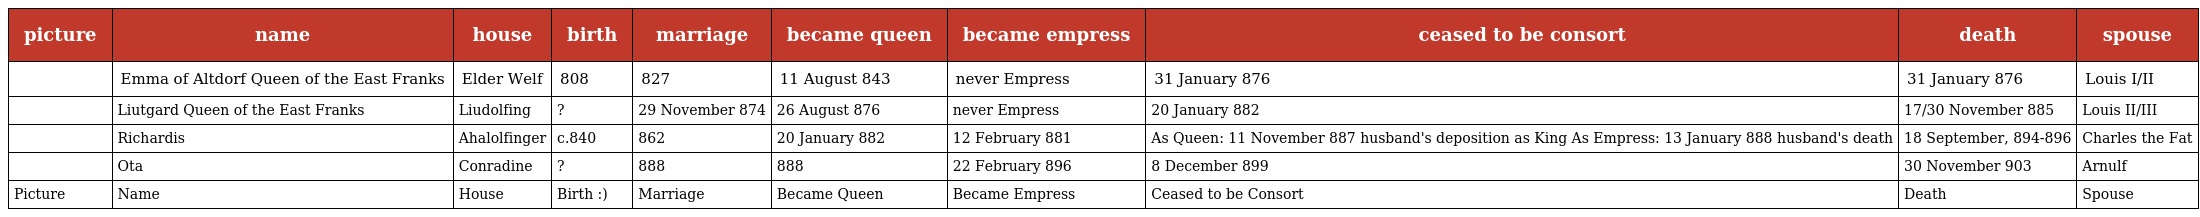
| picture | name | house | birth | marriage | became queen | became empress | ceased to be consort | death | spouse |
 | --- | --- | --- | --- | --- | --- | --- | --- | --- | --- |
 |  | Emma of Altdorf Queen of the East Franks | Elder Welf | 808 | 827 | 11 August 843 | never Empress | 31 January 876 | 31 January 876 | Louis I/II |
 |  | Liutgard Queen of the East Franks | Liudolfing | ? | 29 November 874 | 26 August 876 | never Empress | 20 January 882 | 17/30 November 885 | Louis II/III |
 |  | Richardis | Ahalolfinger | c.840 | 862 | 20 January 882 | 12 February 881 | As Queen: 11 November 887 husband's deposition as King As Empress: 13 January 888 husband's death | 18 September, 894-896 | Charles the Fat |
 |  | Ota | Conradine | ? | 888 | 888 | 22 February 896 | 8 December 899 | 30 November 903 | Arnulf |
 | Picture | Name | House | Birth :) | Marriage | Became Queen | Became Empress | Ceased to be Consort | Death | Spouse |